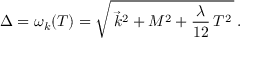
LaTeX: \Delta = \omega _ { k } ( T ) = \sqrt { \, \vec { k } ^ { 2 } + M ^ { 2 } + \frac { \lambda } { 1 2 } \, T ^ { 2 } \, } \, .